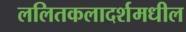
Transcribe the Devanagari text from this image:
ललितकलादर्शमधील